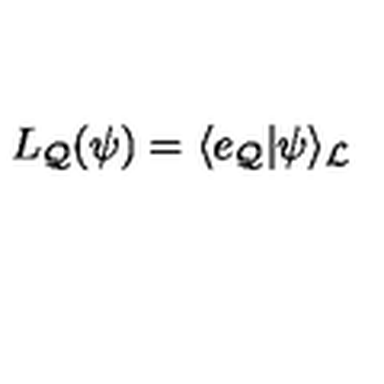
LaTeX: L _ { \cal Q } ( { \psi } ) = \langle e _ { \cal Q } | { \psi } \rangle _ { \cal L }